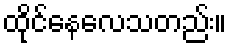
ထိုင်နေလေသတည်း။